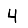
Digit: 4